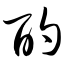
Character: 酌